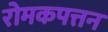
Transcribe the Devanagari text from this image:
रोमकपत्तन